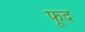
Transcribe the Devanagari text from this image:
फूद